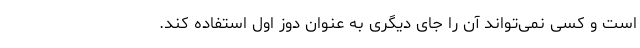
است و کسی نمی‌تواند آن را جای دیگری به عنوان دوز اول استفاده کند.